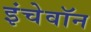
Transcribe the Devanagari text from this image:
इंचेवॉन